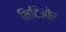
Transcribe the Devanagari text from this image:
मिटिओर